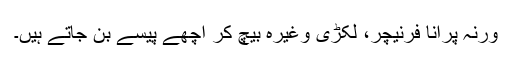
ورنہ پرانا فرنیچر، لکڑی وغیرہ بیچ کر اچھے پیسے بن جاتے ہیں۔